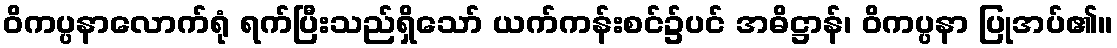
ဝိကပ္ပနာလောက်ရုံ ရက်ပြီးသည်ရှိသော် ယက်ကန်းစင်၌ပင် အဓိဋ္ဌာန်၊ ဝိကပ္ပနာ ပြုအပ်၏။